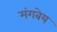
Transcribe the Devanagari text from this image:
मंगबेय